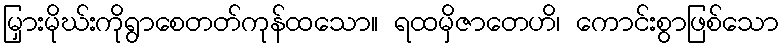
မြှားမိုဃ်းကိုရွာစေတတ်ကုန်ထသော။ ရထမှိဇာတေဟိ၊ ကောင်းစွာဖြစ်သော